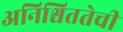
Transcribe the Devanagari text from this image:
अनिश्चिततेची